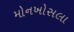
મોનખોસલા